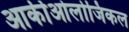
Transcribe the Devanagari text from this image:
आर्कीओलोजिकल